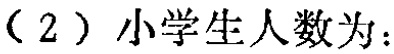
（2）小学生人数为：